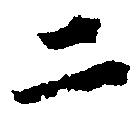
二